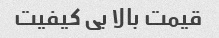
قیمت بالا بی کیفیت